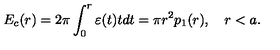
E _ { c } ( r ) = 2 \pi \int _ { 0 } ^ { r } { \varepsilon ( t ) t d t } = \pi r ^ { 2 } p _ { 1 } ( r ) , \quad r < a .